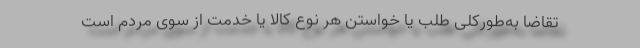
تقاضا به‌طورکلی طلب یا خواستن هر نوع کالا یا خدمت از سوی مردم است